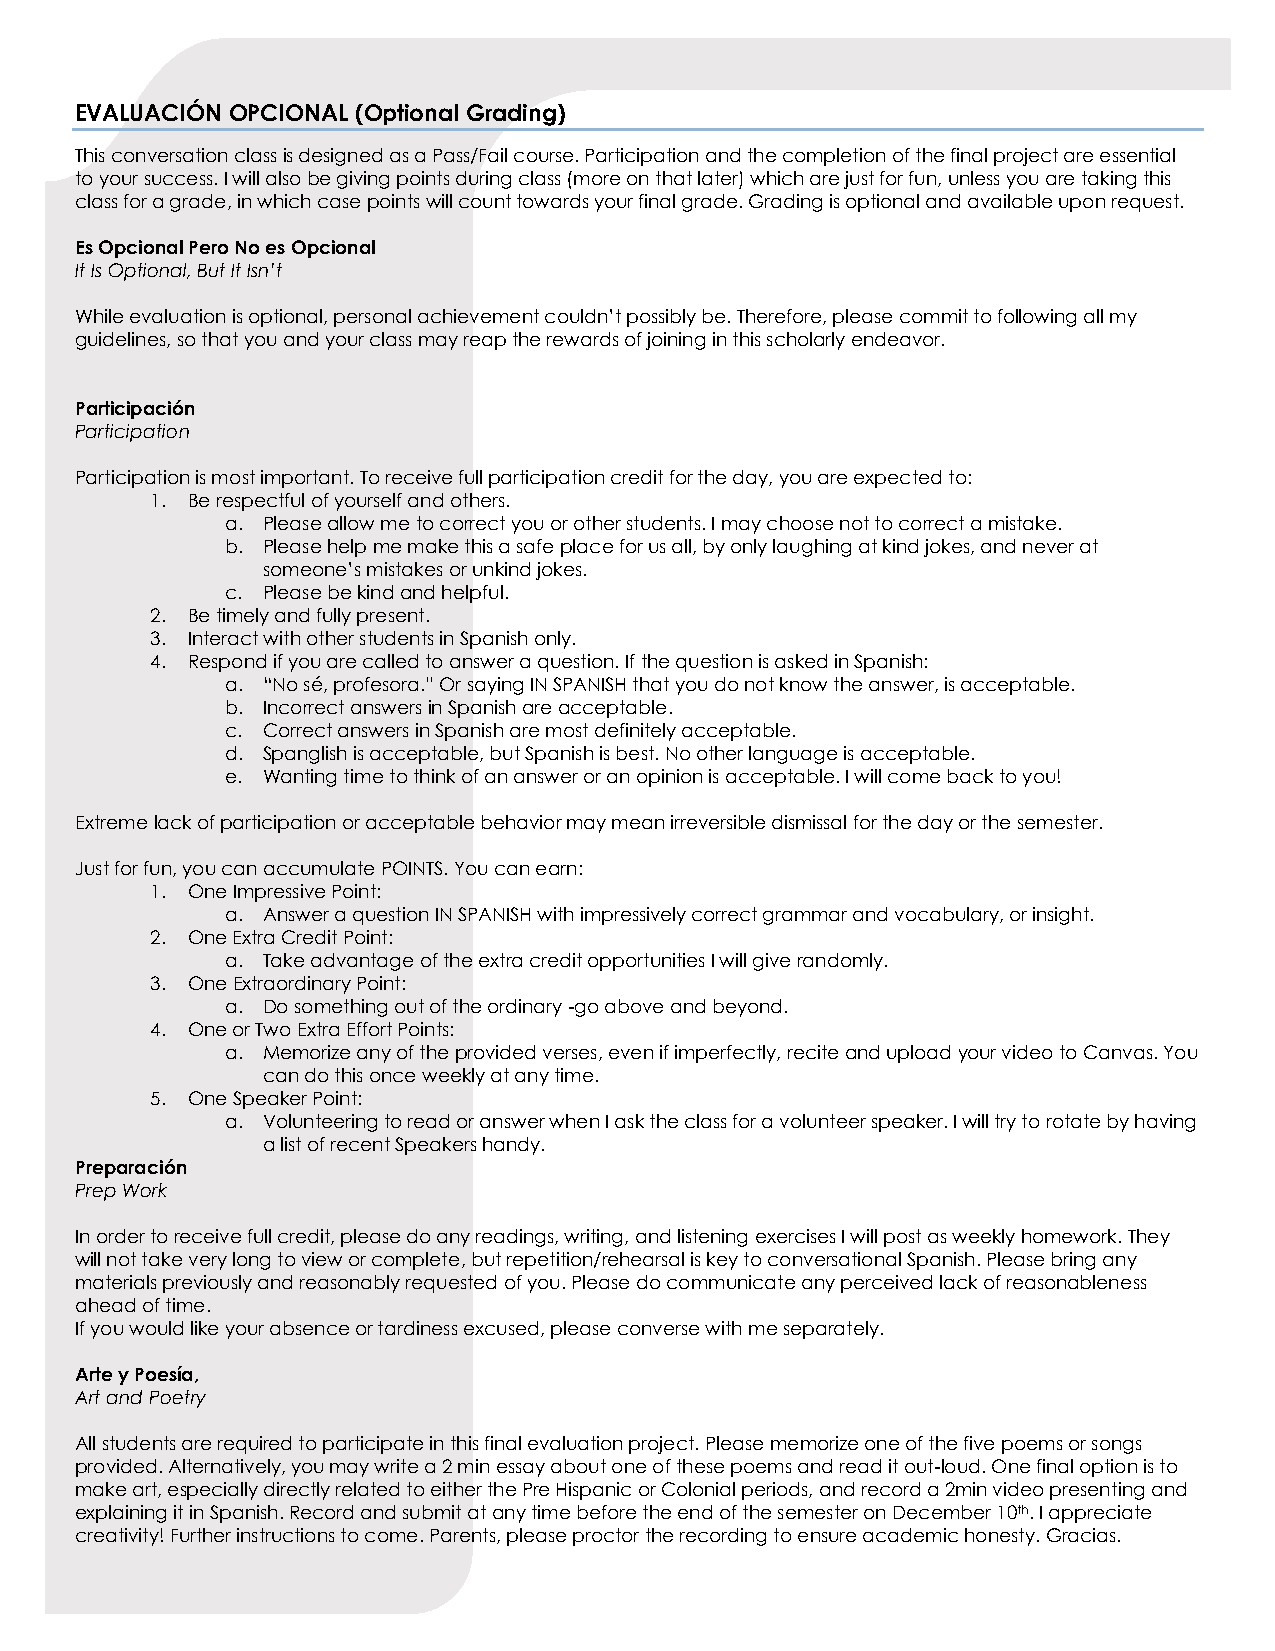
EVALUACIÓN OPCIONAL (Optional Grading)
 This conversation class is designed as a Pass/Fail course. Participation and the completion of the final project are essential
 to your success. I will also be giving points during class (more on that later) which are just for fun, unless you are taking this
 class for a grade, in which case points will count towards your final grade. Grading is optional and available upon request.
 Es Opcional Pero No es Opcional
 It Is Optional, But It Isn’t
 While evaluation is optional, personal achievement couldn’t possibly be. Therefore, please commit to following all my
 guidelines, so that you and your class may reap the rewards of joining in this scholarly endeavor.
 Participación
 Participation
 Participation is most important. To receive full participation credit for the day, you are expected to:
 1. Be respectful of yourself and others.
 a. Please allow me to correct you or other students. I may choose not to correct a mistake.
 b. Please help me make this a safe place for us all, by only laughing at kind jokes, and never at
 someone’s mistakes or unkind jokes.
 c. Please be kind and helpful.
 2. Be timely and fully present.
 3. Interact with other students in Spanish only.
 4. Respond if you are called to answer a question. If the question is asked in Spanish:
 a. “No sé, profesora.” Or saying IN SPANISH that you do not know the answer, is acceptable.
 b. Incorrect answers in Spanish are acceptable.
 c. Correct answers in Spanish are most definitely acceptable.
 d. Spanglish is acceptable, but Spanish is best. No other language is acceptable.
 e. Wanting time to think of an answer or an opinion is acceptable. I will come back to you!
 Extreme lack of participation or acceptable behavior may mean irreversible dismissal for the day or the semester.
 Just for fun, you can accumulate POINTS. You can earn:
 1. One Impressive Point:
 a. Answer a question IN SPANISH with impressively correct grammar and vocabulary, or insight.
 2. One Extra Credit Point:
 a. Take advantage of the extra credit opportunities I will give randomly.
 3. One Extraordinary Point:
 a. Do something out of the ordinary -go above and beyond.
 4. One or Two Extra Effort Points:
 a. Memorize any of the provided verses, even if imperfectly, recite and upload your video to Canvas. You
 can do this once weekly at any time.
 5. One Speaker Point:
 a. Volunteering to read or answer when I ask the class for a volunteer speaker. I will try to rotate by having
 a list of recent Speakers handy.
 Preparación
 Prep Work
 In order to receive full credit, please do any readings, writing, and listening exercises I will post as weekly homework. They
 will not take very long to view or complete, but repetition/rehearsal is key to conversational Spanish. Please bring any
 materials previously and reasonably requested of you. Please do communicate any perceived lack of reasonableness
 ahead of time.
 If you would like your absence or tardiness excused, please converse with me separately.
 Arte y Poesía,
 Art and Poetry
 All students are required to participate in this final evaluation project. Please memorize one of the five poems or songs
 provided. Alternatively, you may write a 2 min essay about one of these poems and read it out-loud. One final option is to
 make art, especially directly related to either the Pre Hispanic or Colonial periods, and record a 2min video presenting and
 explaining it in Spanish. Record and submit at any time before the end of the semester on December 10th. I appreciate
 creativity! Further instructions to come. Parents, please proctor the recording to ensure academic honesty. Gracias.